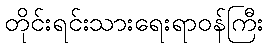
တိုင်းရင်းသားရေးရာဝန်ကြီး